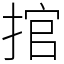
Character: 捾